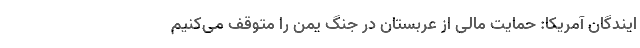
ایندگان آمریکا: حمایت مالی از عربستان در جنگ یمن را متوقف می‌کنیم